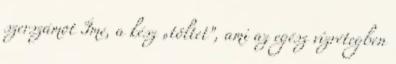
szerszámot Íme, a kész „töltet”, ami az egész vízrétegben